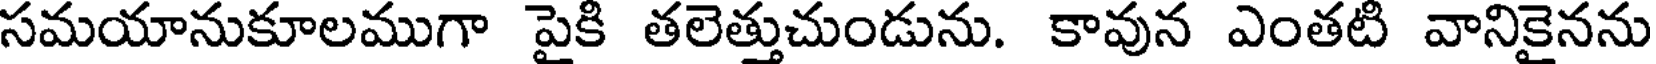
సమయానుకూలముగా పైకి తలెత్తుచుండును. కావున ఎంతటి వానికైనను